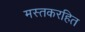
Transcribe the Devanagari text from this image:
मस्तकरहित